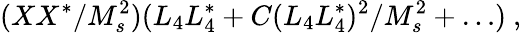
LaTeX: (XX^{*}/M_{s}^{2})(L_{4}L_{4}^{*}+C(L_{4}L_{4}^{*})^{2}/M_{s}^{2}+\dots)~,